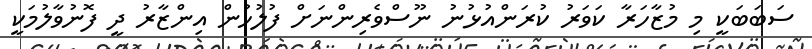
ސަބަބަކީ މި މުޒާހަރާ ކަވަރު ކުރަންއުޅުނު ނޫސްވެރިންނަށް ފުލުހުން އިންޒާރު ދީ ފޮނުވާލުމަކީ